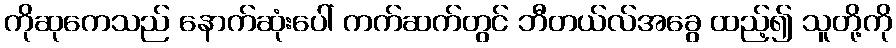
ကိုဆုကေသည် နောက်ဆုံးပေါ် ကက်ဆက်တွင် ဘီတယ်လ်အခွေ ထည့်၍ သူတို့ကို